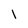
Character: l